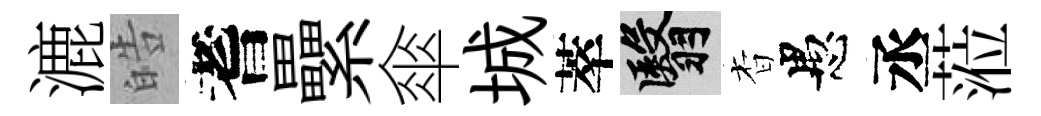
漉皓耆纍傘城萃翳杳愚丞蒞